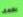
بضعف